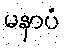
မနာပံ